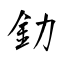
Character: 釛